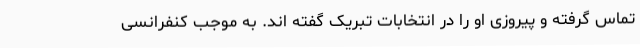
تماس گرفته و پیروزی او را در انتخابات تبریک گفته اند. به موجب کنفرانسی